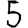
Digit: 5